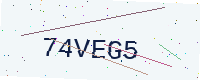
Text: 74VEG5